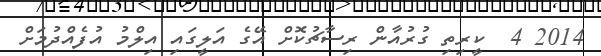
2014 4  ކީރިތި ގުރުއާން ރިސާޗުކޮށް އޭގެ އަލީގައި އިލްމު އުފެއްދުމަށް